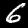
Digit: 6